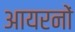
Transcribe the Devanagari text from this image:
आयरनों